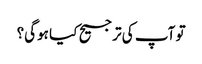
تو آپ کی ترجیح کیا ہوگی؟